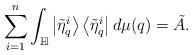
LaTeX: \begin{align*}\sum_{i=1}^{n}\int_{\mathbb{H}}\left|\tilde{\eta}_{q}^{i}\right\rangle\left\langle \tilde{\eta}_{q}^{i}\right|d\mu(q)=\tilde{A}. \end{align*}